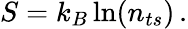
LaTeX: S=k_{B}\ln(n_{ts})\, .